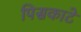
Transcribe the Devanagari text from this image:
पिसकाटे